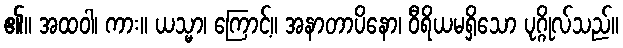
၏။ အထဝါ၊ ကား။ ယသ္မာ၊ ကြောင့်။ အနာတာပိနော၊ ဝီရိယမရှိသော ပုဂ္ဂိုလ်သည်။